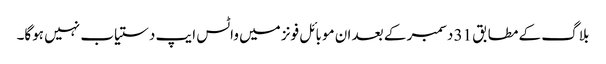
بلاگ کے مطابق 31 دسمبر کے بعد ان موبائل فونز میں واٹس ایپ دستیاب نہیں ہوگا۔